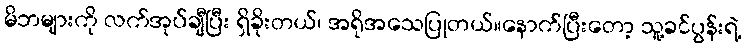
မိဘများကို လက်အုပ်ချီပြီး ရှိခိုးတယ်၊ အရိုအသေပြုတယ်။နောက်ပြီးတော့ သူ့ခင်ပွန်းရဲ့